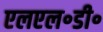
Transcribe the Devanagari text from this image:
एलएल॰डी॰